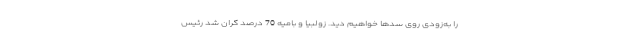
را به‌زودی روی سدها خواهیم دید. زولبیا و بامیه 70 درصد گران شد رئیس